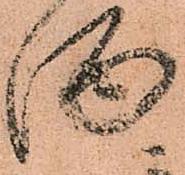
酒